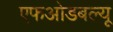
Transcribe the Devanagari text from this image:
एफओडबल्यू